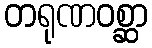
တရုဏဝစ္ဆာ